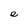
Character: e